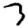
Digit: 3